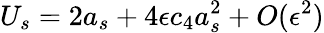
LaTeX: U_{s}=2a_{s}+4\epsilon c_{4}a_{s}^{2}+O(\epsilon^{2})